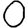
Digit: 0